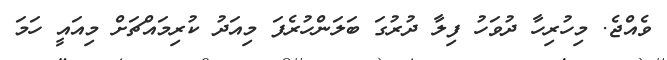
ވެއްޖެ. މިހުރިހާ ދުވަހު ފިލާ ދުރުގަ ބަލަންހުރެފަ މިއަދު ކުރިމައްޗަށް މިއައީ ހަމަ